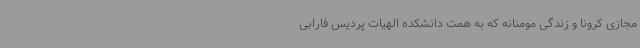
مجازی کرونا و زندگی مومنانه که به همت دانشکده الهیات پردیس فارابی